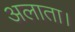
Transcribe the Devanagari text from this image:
अलाता।